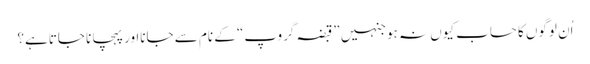
اُن لوگوں کا حساب کیوں نہ ہوجنہیں ”قبضہ گروپ“ کے نام سے جانااور پہچانا جاتاہے؟